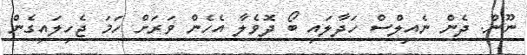
ނޫން. ދެން ނެއިލްސް ހަދާލައި ބޯ ދޮވެލާ އެހެން ވަރަށް ހަމަ ޖެހިލައިގެން